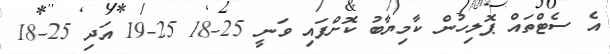
އެ ސެޓްތައް ޕޮލިހުން ކާމިޔާބު ކޮށްފައި ވަނީ 25-18 25-19 އަދި 25-18